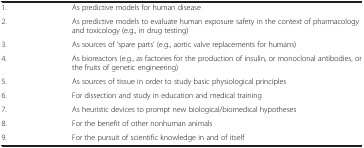
<table><thead><tr><td><b> </b></td><td><b> </b></td></tr></thead><tbody><tr><td>1.</td><td>As predictive models for human disease</td></tr><tr><td>2.</td><td>As predictive models to evaluate human exposure safety in the context of pharmacology and toxicology (e.g., in drug testing)</td></tr><tr><td>3.</td><td>As sources of ‘spare parts’ (e.g., aortic valve replacements for humans)</td></tr><tr><td>4.</td><td>As bioreactors (e.g., as factories for the production of insulin, or monoclonal antibodies, or the fruits of genetic engineering)</td></tr><tr><td>5.</td><td>As sources of tissue in order to study basic physiological principles</td></tr><tr><td>6.</td><td>For dissection and study in education and medical training</td></tr><tr><td>7.</td><td>As heuristic devices to prompt new biological/biomedical hypotheses</td></tr><tr><td>8.</td><td>For the benefit of other nonhuman animals</td></tr><tr><td>9.</td><td>For the pursuit of scientific knowledge in and of itself</td></tr></tbody></table>